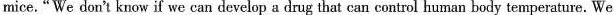
mice."We don't know if we can develop a drug that can control human body temperature. We